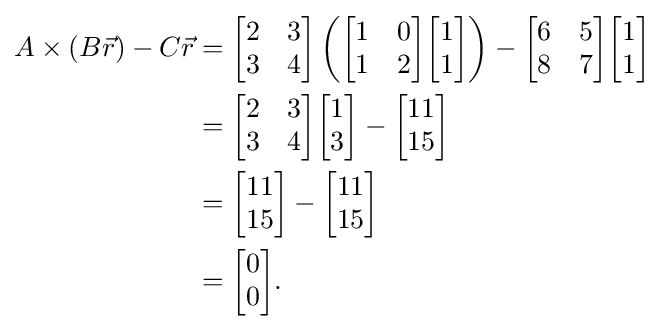
{\begin{aligned}A\times (B{\vec {r}})-C{\vec {r}}&={\begin{bmatrix}2&3\\3&4\end{bmatrix}}\left({\begin{bmatrix}1&0\\1&2\end{bmatrix}}{\begin{bmatrix}1\\1\end{bmatrix}}\right)-{\begin{bmatrix}6&5\\8&7\end{bmatrix}}{\begin{bmatrix}1\\1\end{bmatrix}}\\&={\begin{bmatrix}2&3\\3&4\end{bmatrix}}{\begin{bmatrix}1\\3\end{bmatrix}}-{\begin{bmatrix}11\\15\end{bmatrix}}\\&={\begin{bmatrix}11\\15\end{bmatrix}}-{\begin{bmatrix}11\\15\end{bmatrix}}\\&={\begin{bmatrix}0\\0\end{bmatrix}}.\end{aligned}}